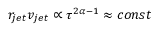
r _ { j e t } v _ { j e t } \propto \tau ^ { 2 \alpha - 1 } \approx c o n s t